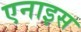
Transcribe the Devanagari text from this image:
एनाइस